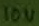
Text: 10u